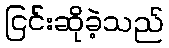
ငြင်းဆိုခဲ့သည်